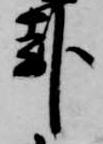
卦